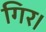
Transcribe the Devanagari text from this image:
गिर।